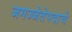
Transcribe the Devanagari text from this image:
जगज्जेतेपदाचे